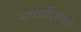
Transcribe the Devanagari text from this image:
मतप्रतिपादने